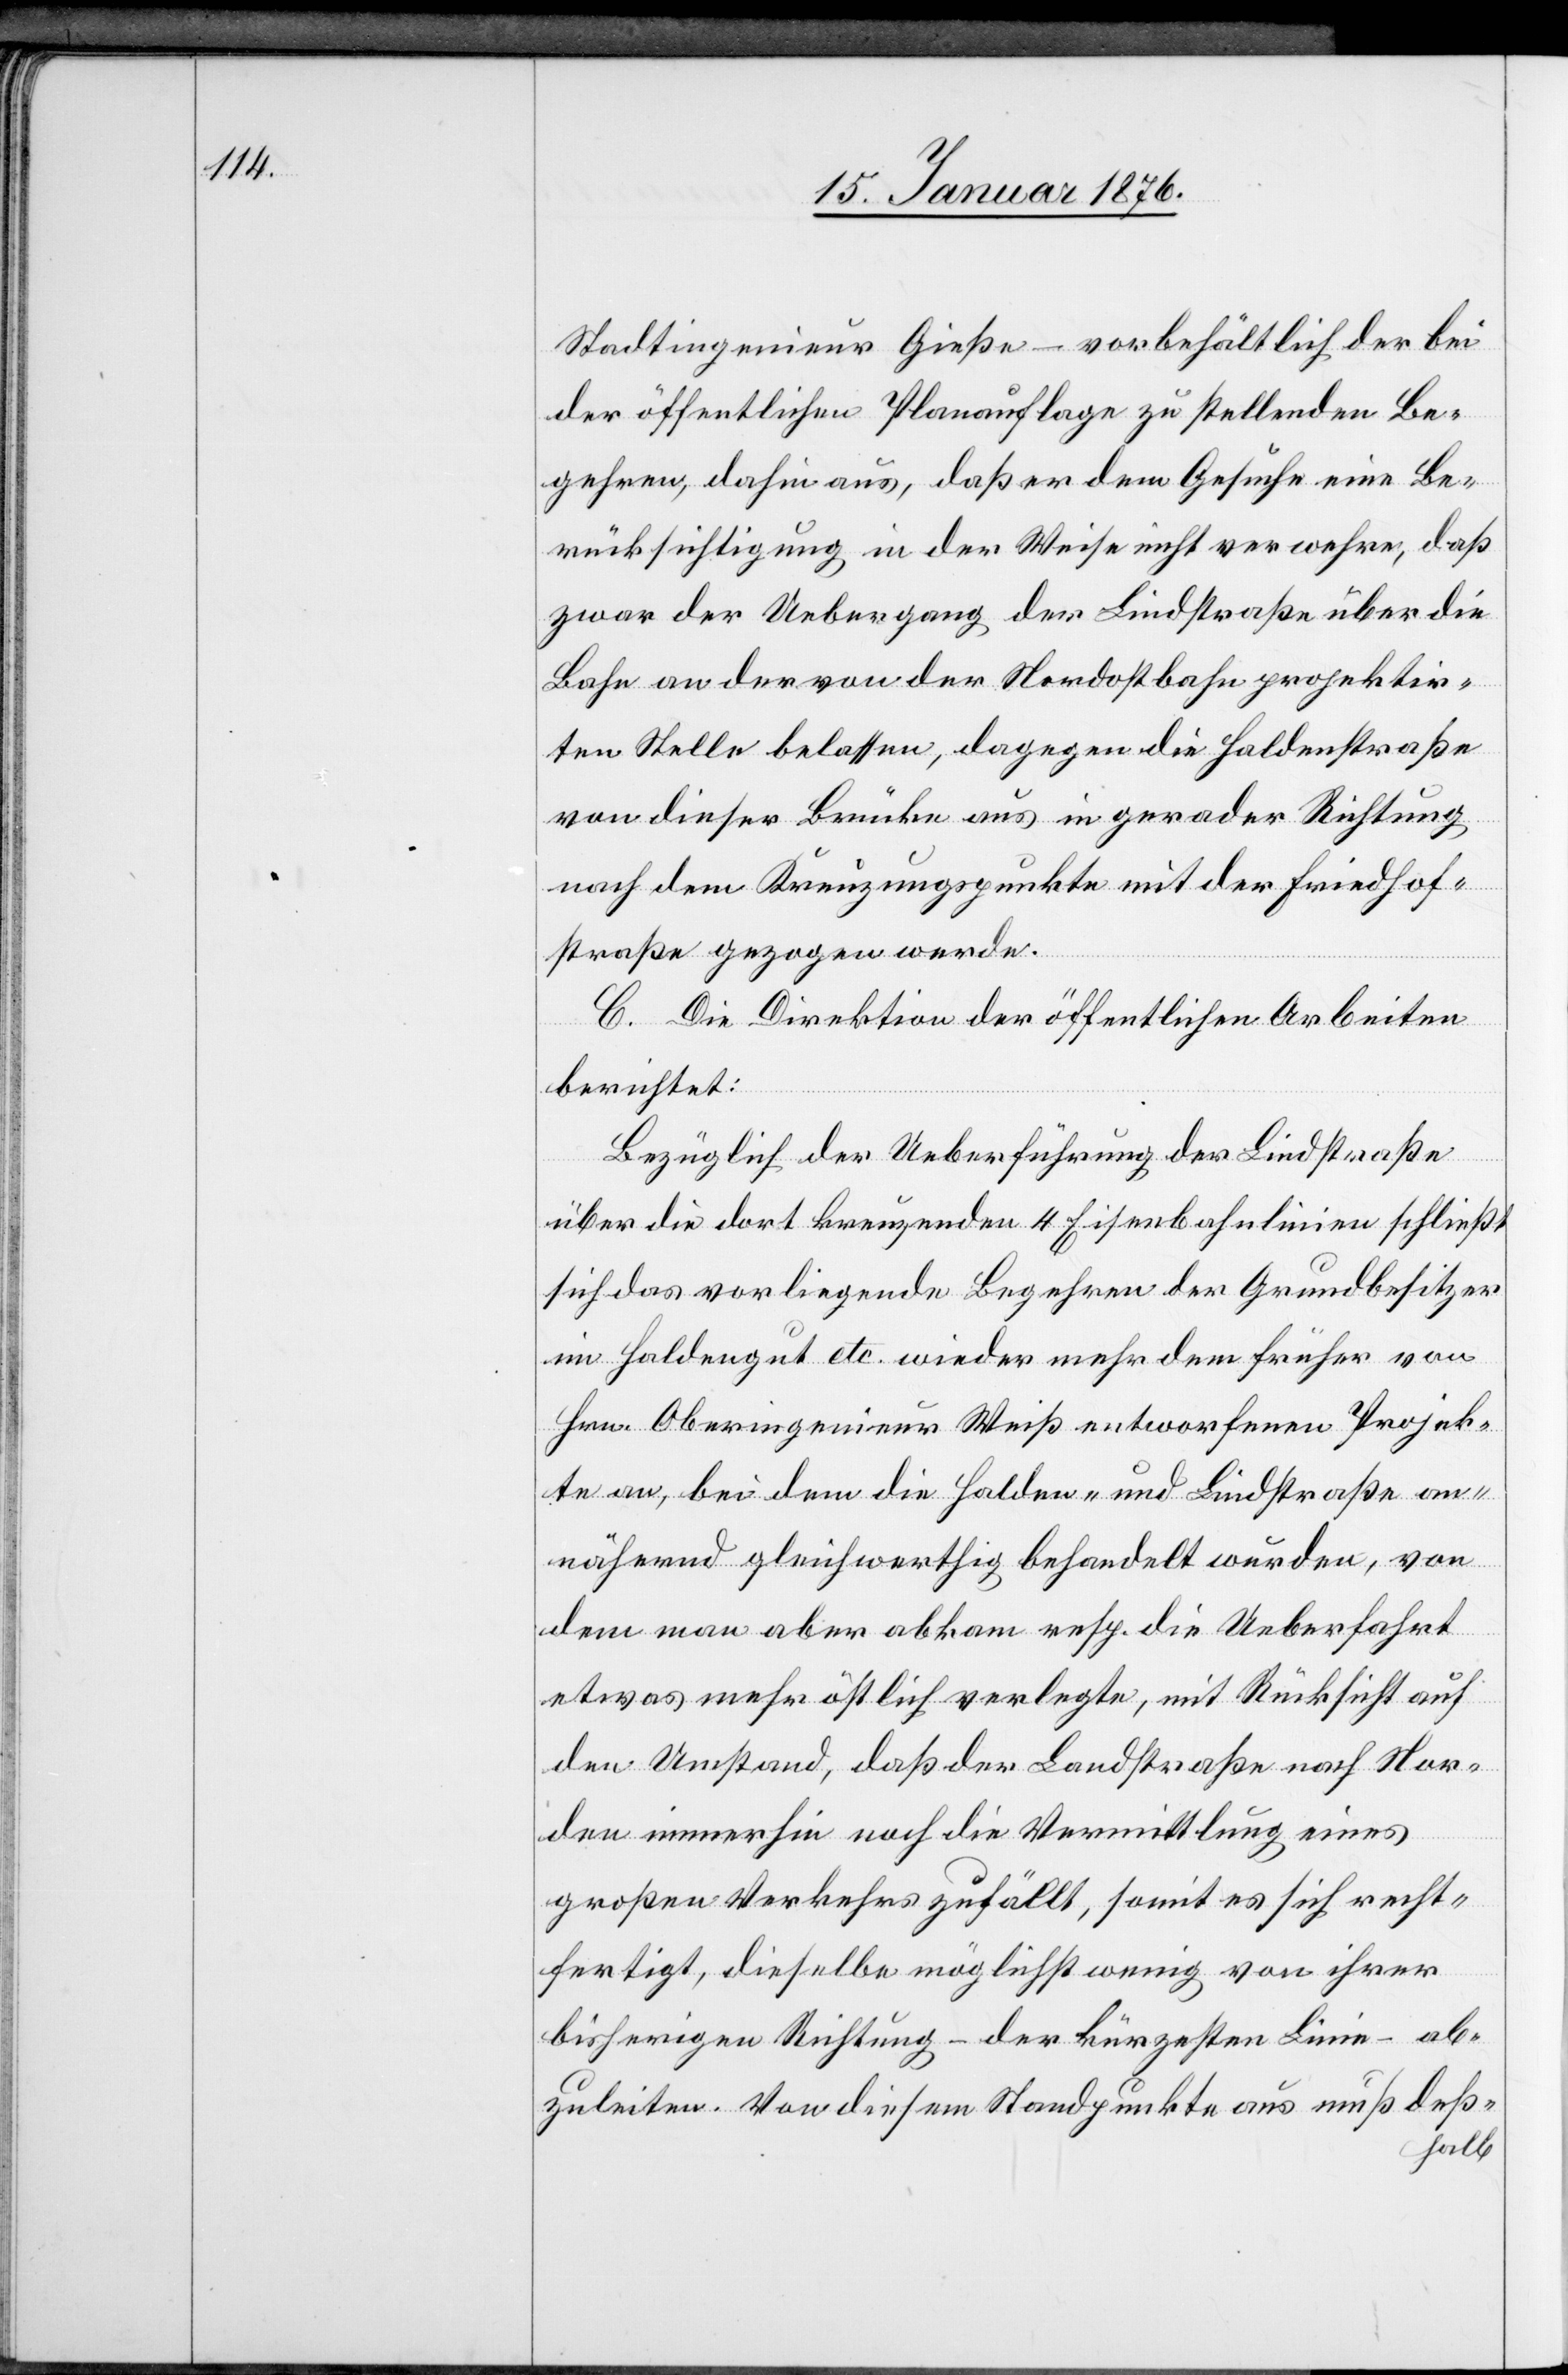
Stadtingenieur Gieße – vorbehältlich der bei
der öffentlichen Planauflage zu stellenden Be¬
gehren, dahin aus, daß er dem Gesuche eine Be¬
rücksichtigung in der Weise nicht verwehre, daß
zwar der Uebergang der Lindstraße über die
Bahn an der von der Nordostbahn projektir¬
ten Stelle belassen, dagegen die Haldenstraße
von dieser Brücke aus in gerader Richtung
nach dem Kreuzungspunkte mit der Friedhof¬
straße gezogen werde.
C. Die Direktion der öffentlichen Arbeiten
berichtet:
Bezüglich der Ueberführung der Lindstraße
über die dort kreuzenden 4 Eisenbahnlinien schließt
sich das vorliegende Begehren der Grundbesitzer
im Haldengut etc. wieder mehr dem früher von
Hrn. Oberingenieur Weiß entworfenen Projek¬
te an, bei dem die Halden- und Lindstraße an¬
nähernd gleichwerthig behandelt wurden, von
dem man aber abkam resp. die Ueberfahrt
etwas mehr östlich verlegte, mit Rücksicht auf
den Umstand, daß der Landstraße nach Nor¬
den immerhin noch die Vermittlung eines
großen Verkehrs zufällt, somit es sich recht¬
fertigt, dieselbe möglichst wenig von ihrer
bisherigen Richtung – der kürzesten Linie – ab¬
zuleiten. Von diesem Standpunkte aus muß deß¬
halb